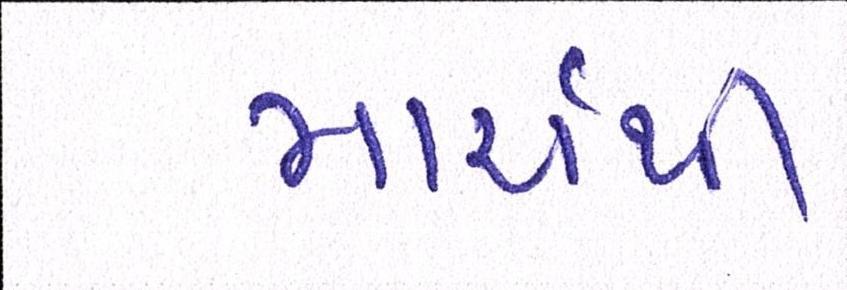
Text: માર્ચથી